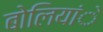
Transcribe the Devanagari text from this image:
बोलियांे